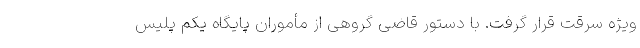
ویژه سرقت قرار گرفت. با دستور قاضی گروهی از مأموران پایگاه یکم پلیس